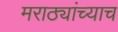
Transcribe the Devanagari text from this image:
मराठ्यांच्याच